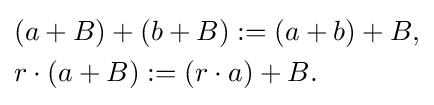
{\begin{aligned}&(a+B)+(b+B):=(a+b)+B,\\&r\cdot (a+B):=(r\cdot a)+B.\end{aligned}}